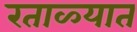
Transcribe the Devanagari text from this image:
रताळ्यात